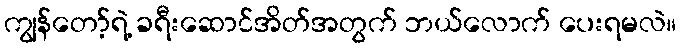
ကျွန်တော့်ရဲ့ ခရီးဆောင်အိတ်အတွက် ဘယ်လောက် ပေးရမလဲ။